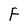
Character: F